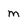
Character: m